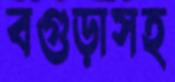
বগুড়াসহ